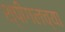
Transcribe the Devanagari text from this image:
श्पीगलच्या